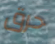
حرق